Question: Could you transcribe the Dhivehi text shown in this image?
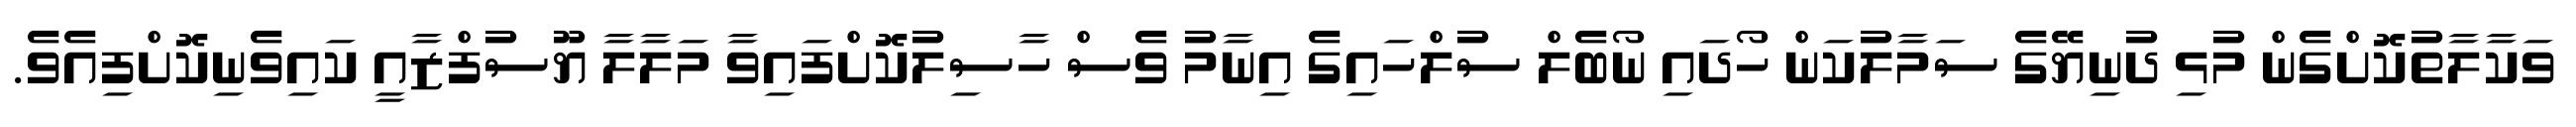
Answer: ވަކާލާތުކޮށްގެން މުޅި ދުނިޔޭގެ ސަމާލުކަން ހޯދައި ނޯބެލް ސުލްހައިގެ އިނާމު ވެސް ހާސިލުކޮށްފައިވާ މަލާލާ ޔޫސުފްޒާއީ ކައިވެނިކޮށްފިއެވެ.